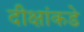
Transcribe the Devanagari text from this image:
दीक्षांकडे